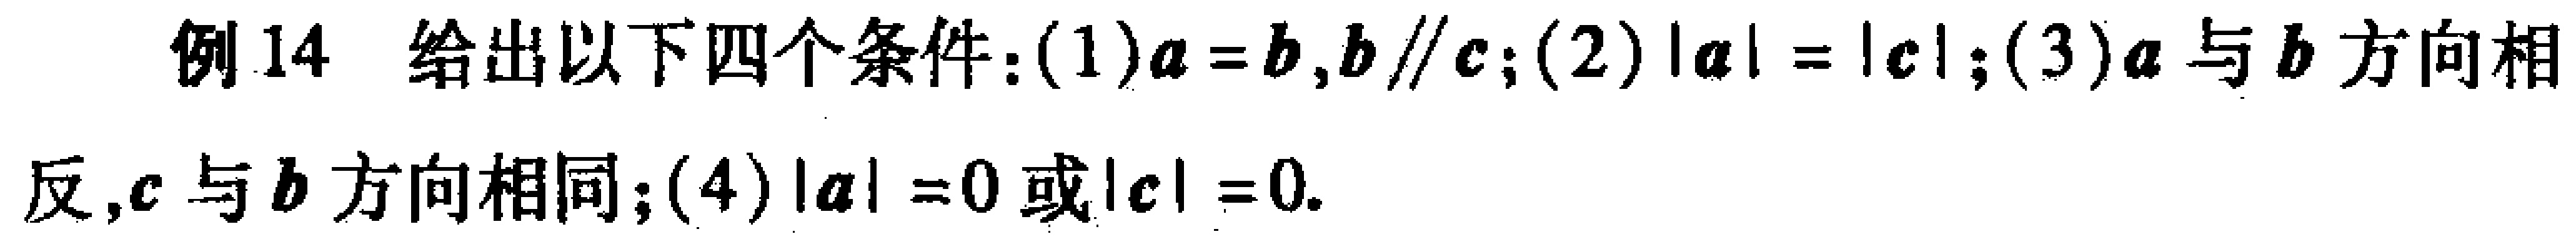
例14 给出以下四个条件：(1)$\boldsymbol{a}=\boldsymbol{b},\boldsymbol{b}\parallel\boldsymbol{c}$；(2)$|\boldsymbol{a}| = |\boldsymbol{c}|$；(3)$\boldsymbol{a}$与$\boldsymbol{b}$方向相反，$\boldsymbol{c}$与$\boldsymbol{b}$方向相同；(4)$|\boldsymbol{a}| = 0$或$|\boldsymbol{c}| = 0$.